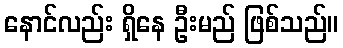
နောင်လည်း ရှိနေ ဦးမည် ဖြစ်သည်။